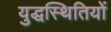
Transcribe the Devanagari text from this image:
युद्धस्थितियों